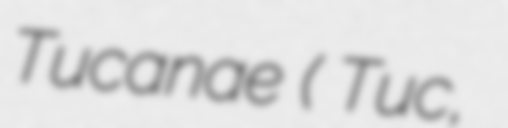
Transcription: Tucanae (α Tuc, α